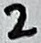
Text: 2